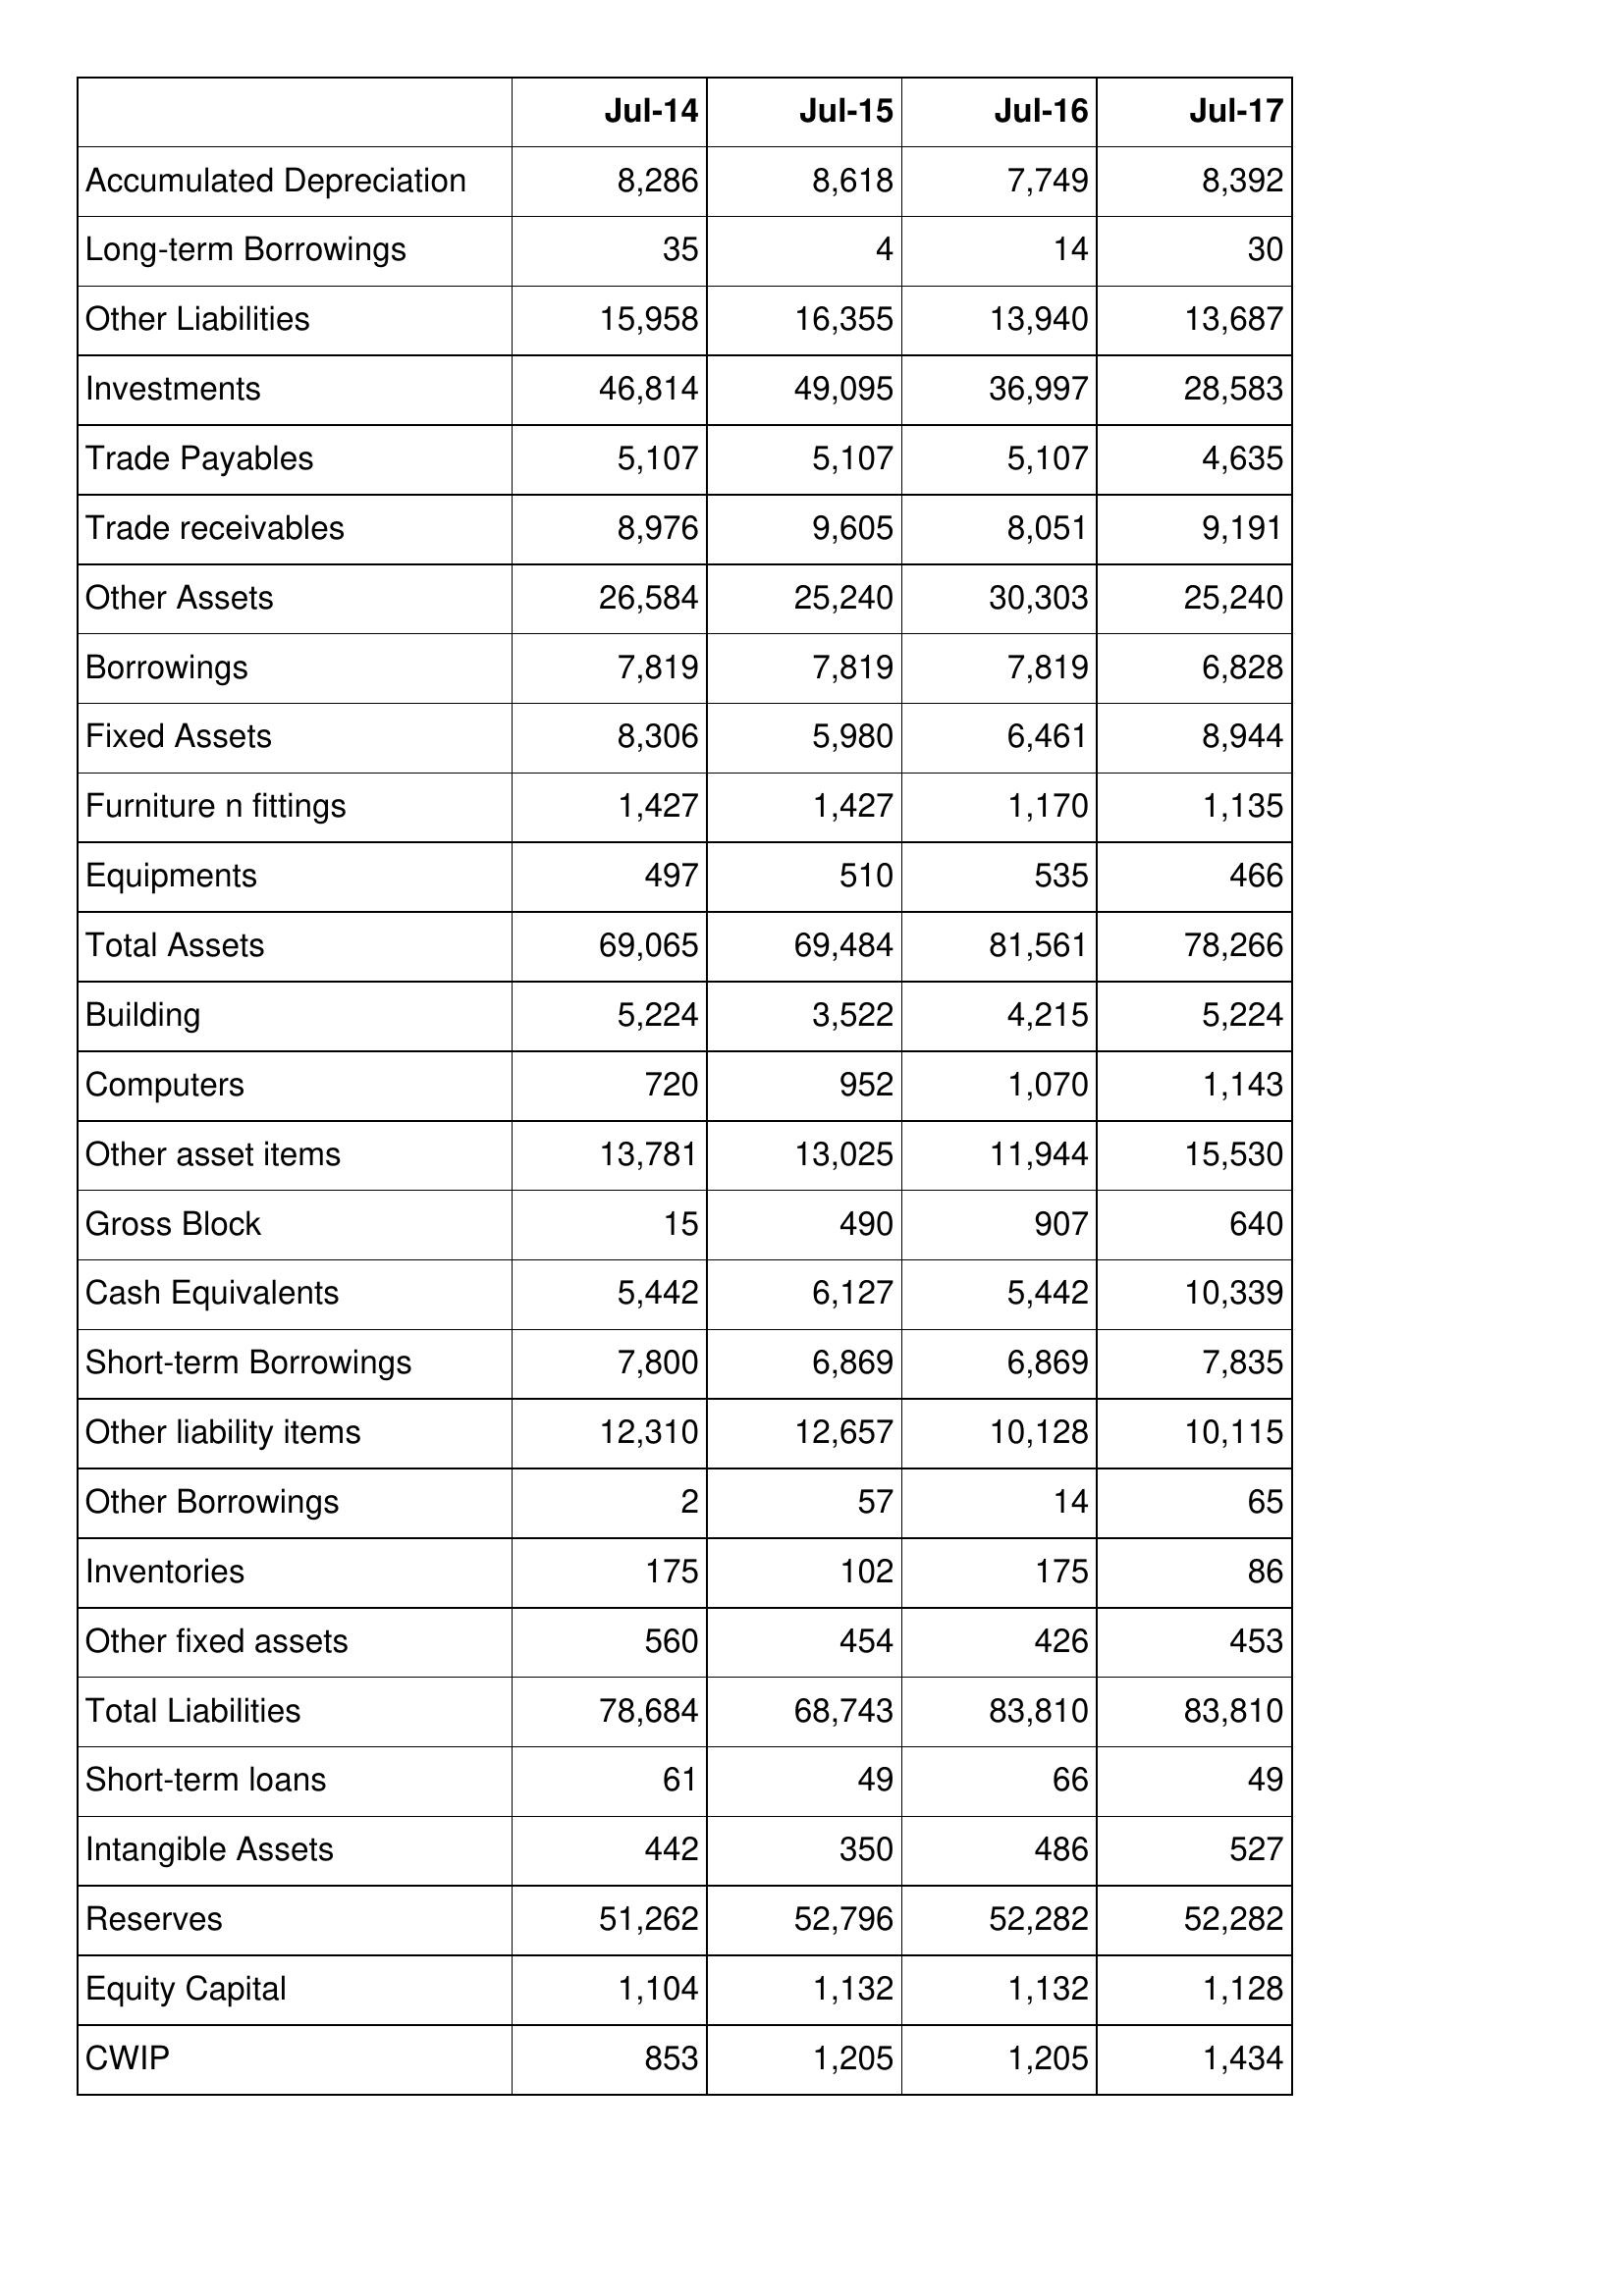
Jul-14: Balance Sheet: Accumulated Depreciation: 8,286
Long-term Borrowings: 35
Other Liabilities: 15,958
Investments: 46,814
Trade Payables: 5,107
Trade receivables: 8,976
Other Assets: 26,584
Borrowings: 7,819
Fixed Assets: 8,306
Furniture n fittings: 1,427
Equipments: 497
Total Assets: 69,065
Building: 5,224
Computers: 720
Other asset items: 13,781
Gross Block: 15
Cash Equivalents: 5,442
Short-term Borrowings: 7,800
Other liability items: 12,310
Other Borrowings: 2
Inventories: 175
Other fixed assets: 560
Total Liabilities: 78,684
Short-term loans: 61
Intangible Assets: 442
Reserves: 51,262
Equity Capital: 1,104
CWIP: 853
Jul-15: Balance Sheet: Accumulated Depreciation: 8,618
Long-term Borrowings: 4
Other Liabilities: 16,355
Investments: 49,095
Trade Payables: 5,107
Trade receivables: 9,605
Other Assets: 25,240
Borrowings: 7,819
Fixed Assets: 5,980
Furniture n fittings: 1,427
Equipments: 510
Total Assets: 69,484
Building: 3,522
Computers: 952
Other asset items: 13,025
Gross Block: 490
Cash Equivalents: 6,127
Short-term Borrowings: 6,869
Other liability items: 12,657
Other Borrowings: 57
Inventories: 102
Other fixed assets: 454
Total Liabilities: 68,743
Short-term loans: 49
Intangible Assets: 350
Reserves: 52,796
Equity Capital: 1,132
CWIP: 1,205
Jul-16: Balance Sheet: Accumulated Depreciation: 7,749
Long-term Borrowings: 14
Other Liabilities: 13,940
Investments: 36,997
Trade Payables: 5,107
Trade receivables: 8,051
Other Assets: 30,303
Borrowings: 7,819
Fixed Assets: 6,461
Furniture n fittings: 1,170
Equipments: 535
Total Assets: 81,561
Building: 4,215
Computers: 1,070
Other asset items: 11,944
Gross Block: 907
Cash Equivalents: 5,442
Short-term Borrowings: 6,869
Other liability items: 10,128
Other Borrowings: 14
Inventories: 175
Other fixed assets: 426
Total Liabilities: 83,810
Short-term loans: 66
Intangible Assets: 486
Reserves: 52,282
Equity Capital: 1,132
CWIP: 1,205
Jul-17: Balance Sheet: Accumulated Depreciation: 8,392
Long-term Borrowings: 30
Other Liabilities: 13,687
Investments: 28,583
Trade Payables: 4,635
Trade receivables: 9,191
Other Assets: 25,240
Borrowings: 6,828
Fixed Assets: 8,944
Furniture n fittings: 1,135
Equipments: 466
Total Assets: 78,266
Building: 5,224
Computers: 1,143
Other asset items: 15,530
Gross Block: 640
Cash Equivalents: 10,339
Short-term Borrowings: 7,835
Other liability items: 10,115
Other Borrowings: 65
Inventories: 86
Other fixed assets: 453
Total Liabilities: 83,810
Short-term loans: 49
Intangible Assets: 527
Reserves: 52,282
Equity Capital: 1,128
CWIP: 1,434